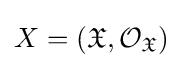
X=({\mathfrak {X}},{\mathcal {O}}_{\mathfrak {X}})